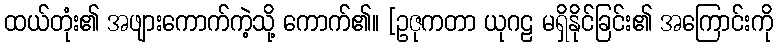
ထယ်တုံး၏ အဖျားကောက်ကဲ့သို့ ကောက်၏။ [ဥဇုကတာ ယုဂဠ မရှိနိုင်ခြင်း၏ အကြောင်းကို